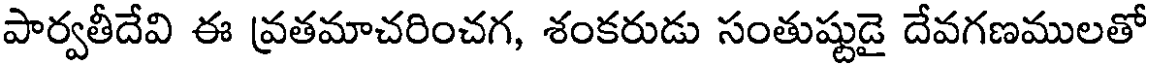
పార్వతీదేవి ఈ వ్రతమాచరించగ, శంకరుడు సంతుష్టుడై దేవగణములతో